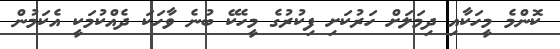
ކޮންމެ މީހަކާއި ދިމަލަށް ހަރުކަށި ފިކުރުގެ މީހެކޭ ބުނެ ވާހަކަ ދެއްކުމަކީ އެކަމުން